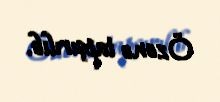
Özenə tapşırılıb.